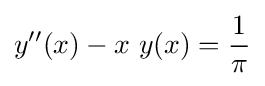
y''(x)-x\ y(x)={\frac {1}{\pi }}